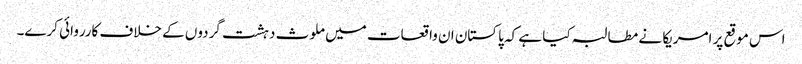
اس موقع پر امریکا نے مطالبہ کیا ہے کہ پاکستان ان واقعات میں ملوث دہشت گردوں کے خلاف کارروائی کرے۔